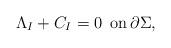
LaTeX: \begin{align*}\Lambda_I + C_I = 0 \,\,\, \mbox{on} \, \partial \Sigma ,\end{align*}